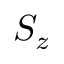
S _ { z }